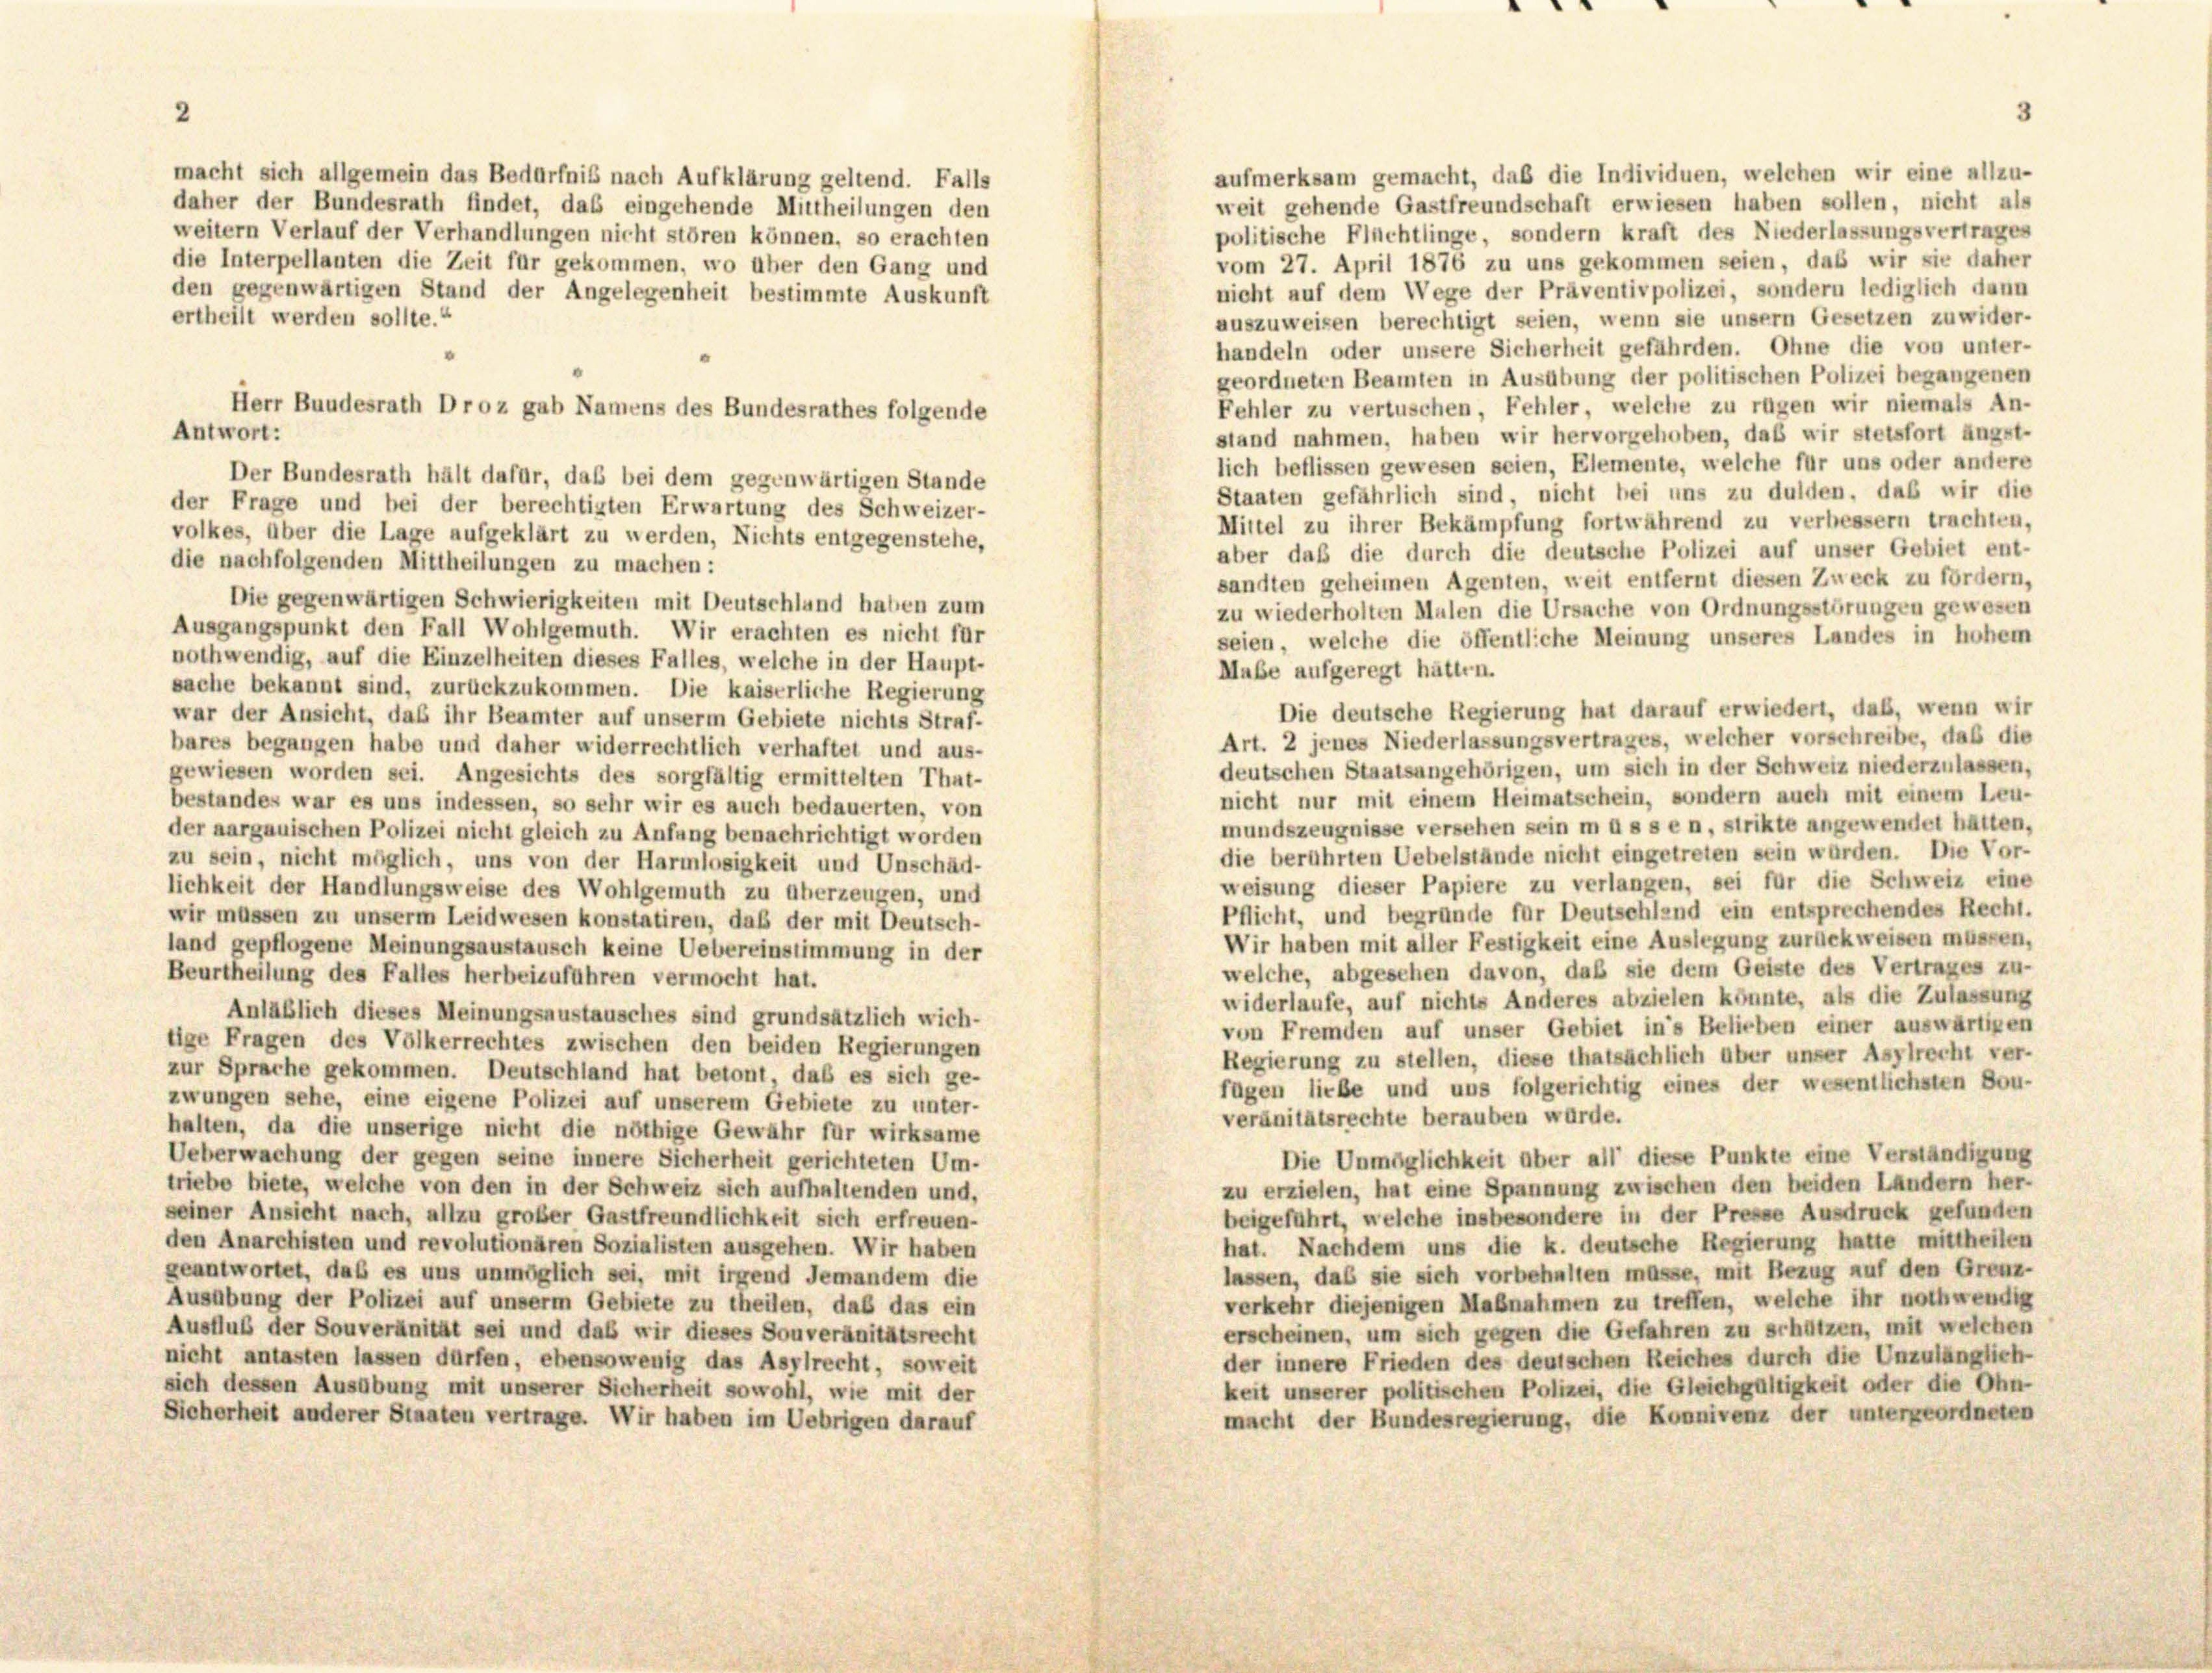
aufmerksam gemacht, daß die Individuen, welchen wir eine allzu-
weit gehende Gastfreundschaft erwiesen haben sollen, nicht als
politische Flüchtlinge, sondern kraft des Niederlassungsvertrages
vom 27. April 1876 zu uns gekommen seien, daß wir sie daher
die Interpellanten die Zeit für gekommen, wo über den Gang und
nicht auf dem Wege der Präventivpolizei, sondern lediglich dann
den gegenwärtigen Stand der Angelegenheit bestimmte Auskunft
ertheilt werden sollte.“
auszuweisen berechtigt seien, wenn sie unsern Gesetzen zuwider-
handeln oder unsere Sicherheit gefährden. Ohne die von unter-
geordneten Beamten in Ausübung der politischen Polizei begangenen
Fehler zu verluschen, Fehler, welche zu rügen wir niemals An-
Herr Bundesrath Droz gab Namens des Bundesrathes folgende
Antwort:
stand nahmen, haben wir hervorgehoben, daß wir stetsfort ängst-
lich beflissen gewesen seien, Elemente, welche für uns oder andere
Der Bundesrath hält dafür, daß bei dem gegenwärtigen Stunde
Staaten gefährlich sind, nicht bei uns zu dulden, daß wir die
der Frage und bei der berechtigten Erwartung des Schweizer-
Mittel zu ihrer Bekämpfung fortwährend zu verbessern trachten,
volkes, über die Lage aufgeklärt zu werden, Nichts entgegenstehe,
aber daß die durch die deutsche Polizei auf unser Gebiet ent-
die nachfolgenden Mittheilungen zu machen:
sandten geheimen Agenten, weit entfernt diesen Zweck zu fördern,
Die gegenwärtigen Schwierigkeiten mit Deutschland haben zum
zu wiederholten Malen die Ursache von Ordnungsstörungen gewesen
Ausgangspunkt den Fall Wohlgemuth. Wir erachten es nicht für
seien, welche die öffentliche Meinung unseres Landes in hohem
nothwendig, auf die Einzelheiten dieses Falles, welche in der Haupt-
Mabe aufgeregt hätten.
sache bekannt sind, zurückzukommen. Die kaiserliche Regierung
Die deutsche Regierung hat darauf erwiedert, daß, wenn wir
war der Ansicht, daß ihr Beamter auf unserm Gebiete nichts Straf-
Art. 2 jenes Niederlassungsvertrages, welcher vorschreibe, daß die
bares begangen habe und daher widerrechtlich verhaftet und aus-
deutschen Staatsangehörigen, um sich in der Schweiz niederzulassen,
gewiesen worden sei. Angesichts des sorgfältig ermittelten That-
nicht nur mit einem Heimatschein, sondern auch mit einem Leu-
bestandes war es uns indessen, so sehr wir es auch bedauerten, von
mundszeugnisse versehen sein müssen, strikte angewendet hätten,
der aargauischen Polizei nicht gleich zu Anfang benachrichtigt worden
die berührten Uebelstände nicht eingetreten sein worden. Die Vor-
zu sein, nicht möglich, uns von der Harmlosigkeit und Unschäd-
weisung dieser Papiere zu verlangen, sei für die Schweiz eine
lichkeit der Handlungsweise des Wohlgemuth zu überzeugen, und
Pflicht, und begründe für Deutschland ein entsprechendes Recht.
wir müssen zu unserm Leidwesen konstatiren, daß der mit Deutsch-
Wir haben mit aller Festigkeit eine Auslegung zurückweisen müssen,
land gepflogene Meinungsaustausch keine Uebereinstimmung in der
welche, abgesehen davon, daß sie dem Geiste des Vertrages zu-
Beurtheilung des Falles herbeizuführen vermocht hat.
widerlaufe, auf nichts Anderes abzielen könnte, als die Zulassung
Anläßlich dieses Meinungsaustausches sind grundsätzlich wich-
von Fremden auf unser Gebiet in’s Belieben einer auswärtigen
tige Fragen des Völkerrechtes zwischen den beiden Regierungen
Regierung zu stellen, diese thatsächlich über unser Asylrecht ver-
zur Sprache gekommen. Deutschland hat betont das es sich ge-
fügen liebe und uns folgerichtig eines der wesentlichsten Sou-
zwungen sehe, eine eigene Polizei auf unserem Gebiete zu unter-
veränitätsrechte berauben würde.
halten, da die unserige nicht die nöthige Gewähr für wirksame
Ueberwachung der gegen seine innere Sicherheit gerichteten Um-
Die Unmöglichkeit über all diese Punkte eine Verständigung
triebe biete, welche von den in der Schweiz sich aufhaltenden und,
zu erzielen, hat eine Spannung zwischen den beiden Ländern her-
seiner Ansicht nach, allzu großer Gastfreundlichkeit sich erfreuen-
beigeführt, welche insbesondere in der Presse Ausdruck gefunden
hat. Nachdem uns die k. deutsche Regierung hatte mittheilen
den Anarchisten und revolutionären Sozialisten ausgehen. Wir haben
lassen, das sie sich vorbehalten müsse, mit Bezug auf den Grenz-
geantwortet, daß es uns unmöglich sei, mit irgend Jemandem die
verkehr diejenigen Maßnahmen zu treffen, welche ihr nothwendig
Ausübung der Polizei auf unserm Gebiete zu theilen, daß das ein
Ausfluß der Souveränität sei und das wir dieses Souveränitätsrecht
erscheinen, um sich gegen die Gefahren zu schützen, mit welchen
nicht antasten lassen dürfen, ebensowenig das Asylrecht, soweit
der innere Frieden des deuischen Reiches durch die Unzulänglich-
sich dessen Ausübung mit unserer Sicherheit sowohl, wie mit der
keit unserer politischen Polizei, die Gleichgültigkeit oder die Ohn-
macht der Bundesregierung, die Konnivenz der untergeordneten
Sicherheit anderer Staaten vertrage. Wir haben im Uebrigen darauf

macht sich allgemein das Bedürfnis nach Aufklärung geltend. Falls
daher der Bundesrath findet, das eingehende Mittheilungen den
weitern Verlauf der Verhandlungen nicht stören können, so erachten